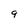
Character: q